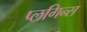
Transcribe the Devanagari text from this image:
प्लगिन्स